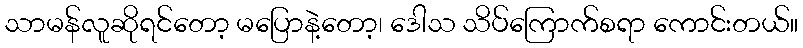
သာမန်လူဆိုရင်တော့ မပြောနဲ့တော့၊ ဒေါသ သိပ်ကြောက်စရာ ကောင်းတယ်။